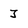
Character: J